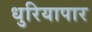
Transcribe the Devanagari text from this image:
धुरियापार